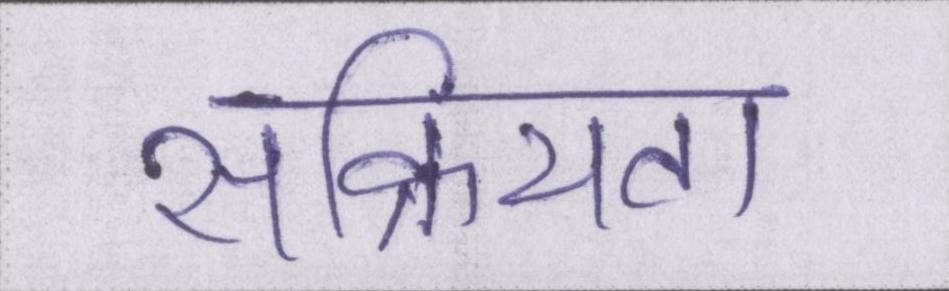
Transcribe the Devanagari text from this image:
सक्रियता